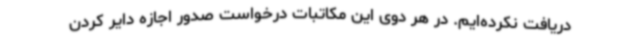
دریافت نکرده‌ایم. در هر دوی این مکاتبات درخواست صدور اجازه دایر کردن